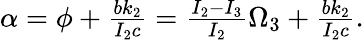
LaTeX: \begin{array}{r}{\alpha=\phi+\frac{bk_{2}}{I_{2}c}=\frac{I_{2}-I_{3}}{I_{2}}\Omega_{3}+\frac{bk_{2}}{I_{2}c}.}\end{array}